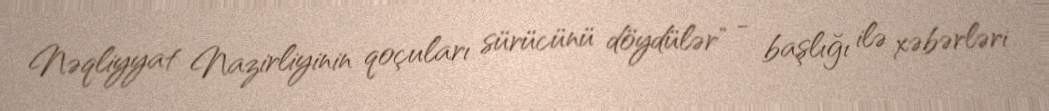
Nəqliyyat Nazirliyinin qoçuları sürücünü döydülər" - başlığı ilə xəbərləri